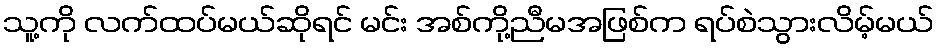
သူ့ကို လက်ထပ်မယ်ဆိုရင် မင်း အစ်ကို့ညီမအဖြစ်က ရပ်စဲသွားလိမ့်မယ်